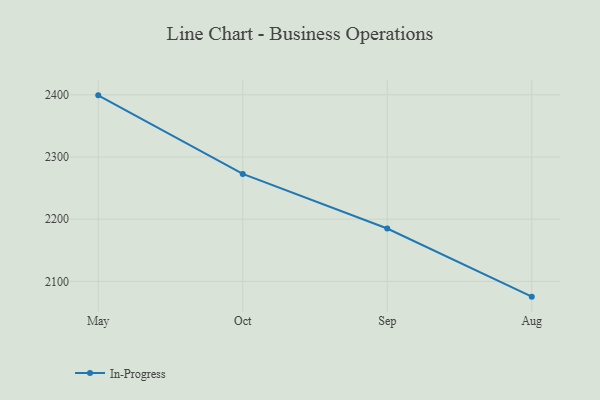
{"axis": {"x": "Month", "y": "Bounce Rate (%)"}, "legend": ["In-Progress"], "data": [{"x": "May", "y": 2399.1, "type": "In-Progress"}, {"x": "Oct", "y": 2272.8, "type": "In-Progress"}, {"x": "Sep", "y": 2185.0, "type": "In-Progress"}, {"x": "Aug", "y": 2075.5, "type": "In-Progress"}]}